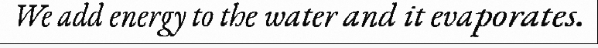
We add energy to the water and it evaporates.